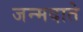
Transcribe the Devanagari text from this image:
जन्मदाते